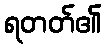
ရတတ်၏